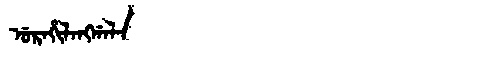
Manchu: ᡠᡵᠠᡥᡳᠯᠠᠩᡤᠠᠯᠠ
Romanization: URAHILANGGALA